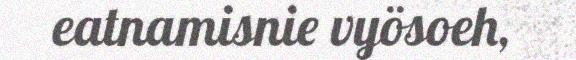
eatnamisnie vyösoeh,